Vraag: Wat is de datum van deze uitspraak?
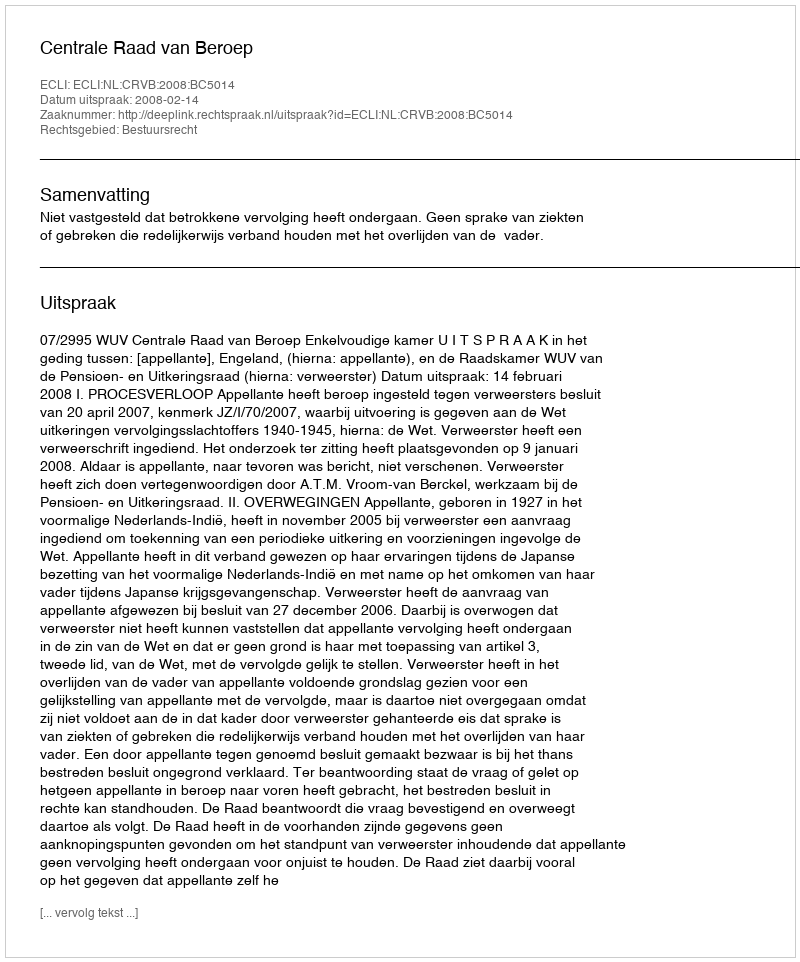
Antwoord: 2008-02-14